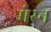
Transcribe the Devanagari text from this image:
मेरन